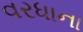
વરધાના